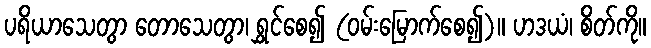
ပရိယာသေတွာ တောသေတွာ၊ ရွှင်စေ၍ (ဝမ်းမြောက်စေ၍)။ ဟဒယံ၊ စိတ်ကို။